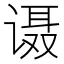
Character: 𰵹